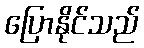
ပြောနိုင်သည်